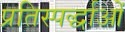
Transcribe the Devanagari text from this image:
प्रतिस्पर्द्धाओं